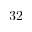
3 2